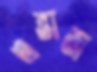
এন্তাজ